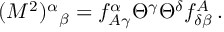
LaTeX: ( { \cal M } ^ { 2 } ) ^ { \alpha } { } _ { \beta } = f _ { A \gamma } ^ { \alpha } \Theta ^ { \gamma } \Theta ^ { \delta } f _ { \delta \beta } ^ { A } \, .